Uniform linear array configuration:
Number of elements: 4
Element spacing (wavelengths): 0.5
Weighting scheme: hann
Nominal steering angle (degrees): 15
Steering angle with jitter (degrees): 13.516
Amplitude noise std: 0.05
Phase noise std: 0.05

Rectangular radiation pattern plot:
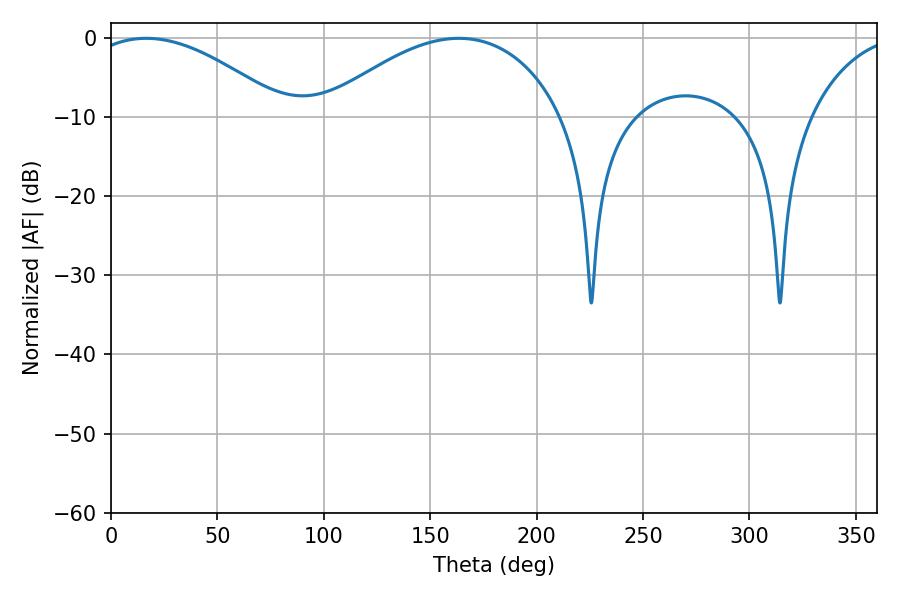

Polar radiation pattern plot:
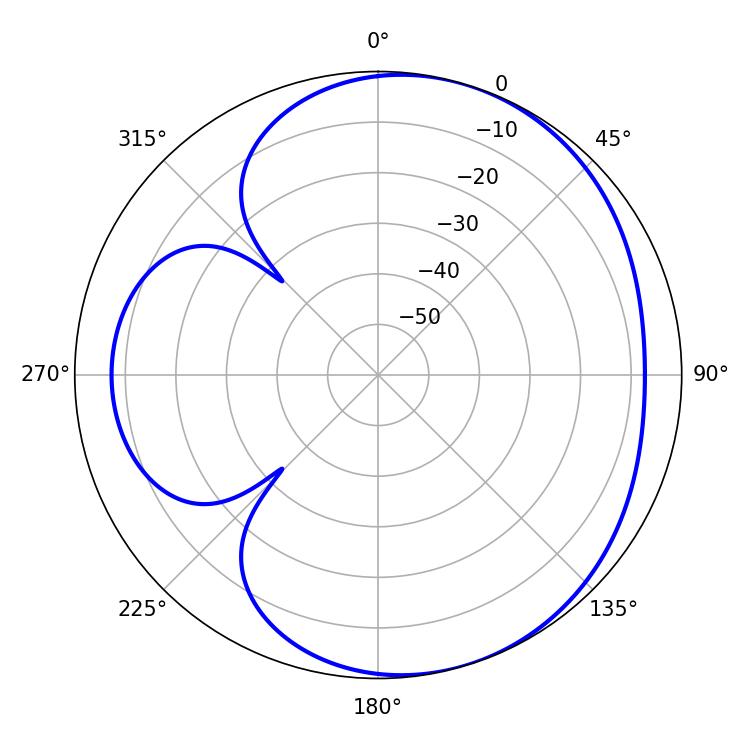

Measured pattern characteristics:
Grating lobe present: FALSE
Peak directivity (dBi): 4.579
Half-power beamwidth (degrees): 51.66
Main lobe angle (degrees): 16.56